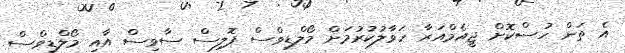
އެ ތަން ހުސްކޮށް ޖީއެމްއަރާ ހަވާލުކުރުމަށް މޯލްޑިވްސް ޕޮލިސް ސާވިސް އާއި މޯލްޑިވްސް